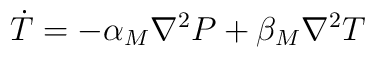
\dot{T} = -\alpha_M \nabla^2P + \beta_M \nabla^2T